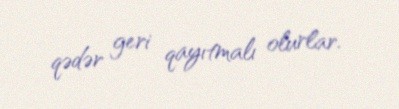
qədər geri qayıtmalı olurlar.